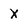
Character: x